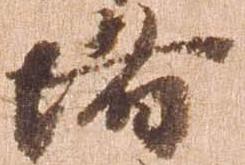
堵